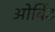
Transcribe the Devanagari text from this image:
ओर्बिट